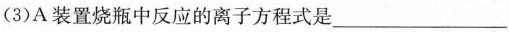
(3)A装置烧瓶中反应的离子方程式是__